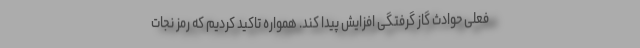
فعلی حوادث گاز گرفتگی افزایش پیدا کند. همواره تاکید کردیم که رمز نجات